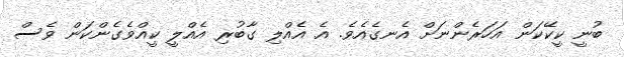
ބުނީ ކީކޭކަން އަހަރެންނަށް އެނގެއެވެ. އެ އެއްލި ގާބުރި އެއްލީ ކީއްވެގެންކަން ވެސް